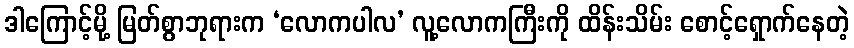
ဒါကြောင့်မို့ မြတ်စွာဘုရားက ‘လောကပါလ’ လူ့လောကကြီးကို ထိန်းသိမ်း စောင့်ရှောက်နေတဲ့